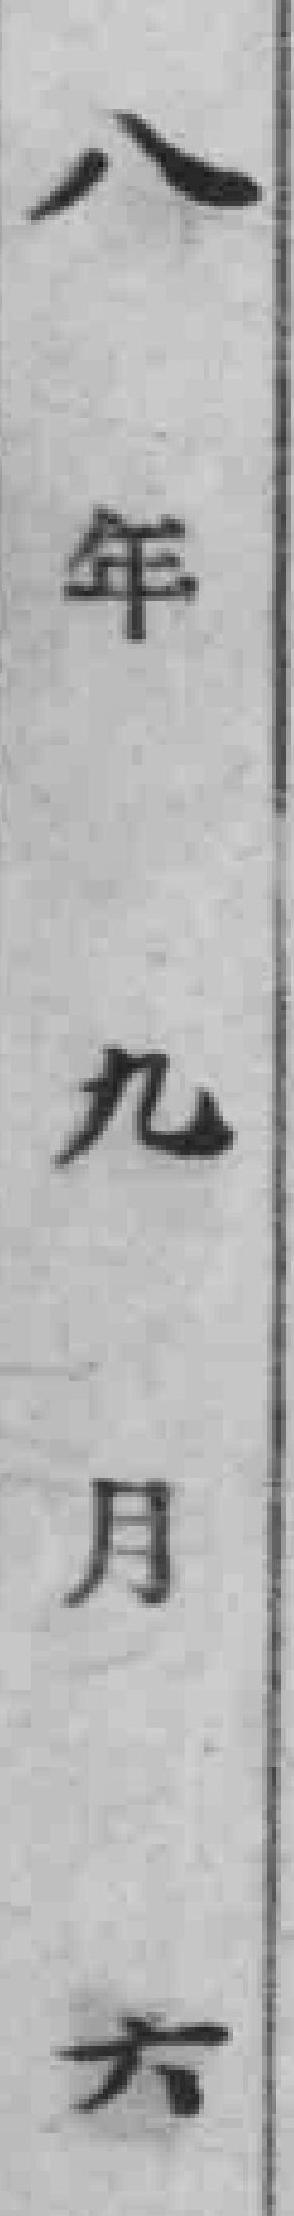
八年九月六